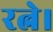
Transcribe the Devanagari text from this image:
रत्ने।